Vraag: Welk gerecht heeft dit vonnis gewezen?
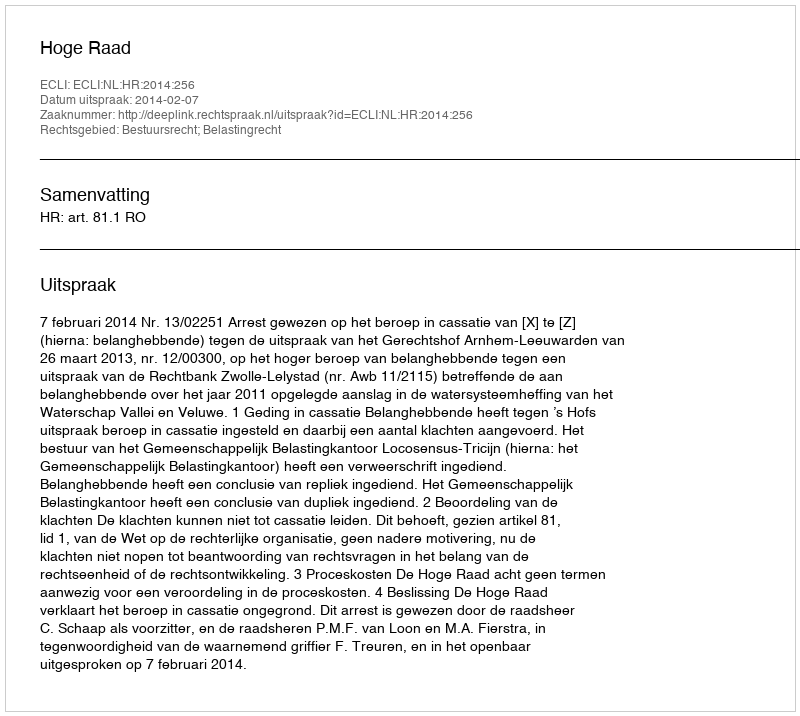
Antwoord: Hoge Raad